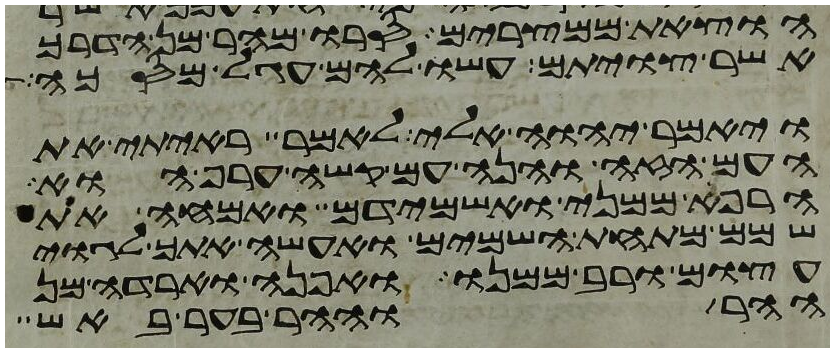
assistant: הוצאת ממצרים סרו מהר מן הדרך
אשר צויתם עשו להם עגל מסכה
ויאמר יהוה אלי לאמר ראיתי את
העם הזה והנה עם קשה ערף הוא
הרף ממני ואשמידם ואמחה את
שמם מתחת השמים ואעשה אתך לגוי
עצום ורב ממנו ואפנה וארדה מן
ההר וההר בער באש